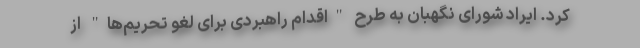
کرد. ایراد شورای نگهبان به طرح "اقدام راهبردی برای لغو تحریم‌ها" از